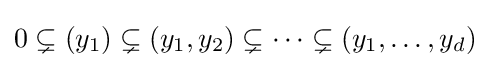
0\subsetneq (y_{1})\subsetneq (y_{1},y_{2})\subsetneq \cdots \subsetneq (y_{1},\dots ,y_{d})